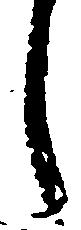
し